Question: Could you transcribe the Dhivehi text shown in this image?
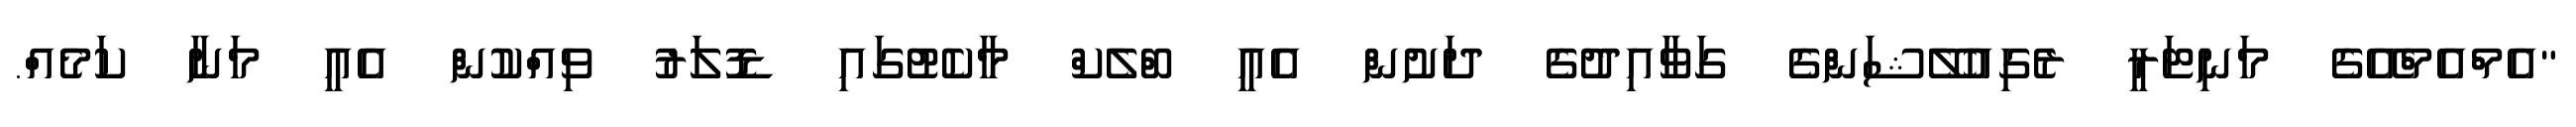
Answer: "އެމްއެމްއޭގެ މަނިޓަރީ ރެގިއުލޭޝަންގެ ގަވާއިދުގެ ދަށުން އެއީ ބްލެކް މާކެޓުގައި ޑޮލަރު ވިއްކުން އެއީ މަނާ ކަމެއް.